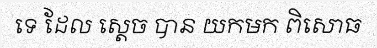
ទេ ដែល ស្តេច បាន យកមក ពិសោធ